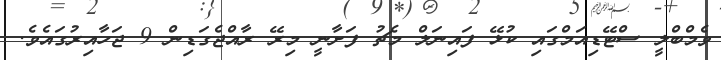
ވެމްބްލީ ސްޓޭޑިއަމްގައި ކުޅޭ ފައިނަލް މެޗު ފަށާނީ މިރޭ ރާއްޖެގަޑިން 9 ޖަހާއިރުގައެވެ.